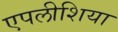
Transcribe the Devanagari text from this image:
एपलीशिया